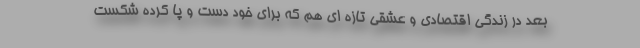
بعد در زندگی اقتصادی و عشقی تازه ای هم که برای خود دست و پا کرده شکست